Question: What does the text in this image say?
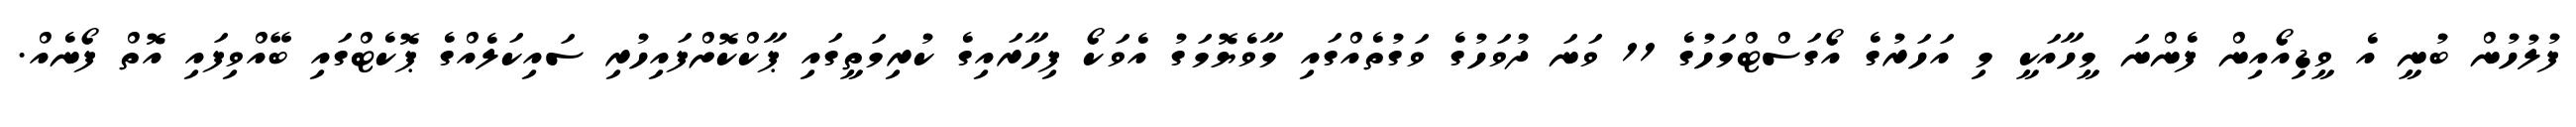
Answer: ފުލުހުން ބުނީ އެ ވީޑިއޯއިން ފެންނަ މީހާއަކީ މި އަހަރުގެ އޯގަސްޓްމަހުގެ 11 ވަނަ ދުވަހުގެ ވަގުތެއްގައި މާވެޔޮމަގު އެވަކޯ ފިހާރައިގެ ކުރިމަތީގައި ޕާކްކޮށްފައިހުރި ސައިކަލެއްގެ ޕޮކެޓްގައި ބޭއްވިފައި އޮތް ފޯނެއް.